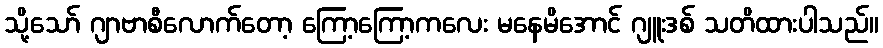
သို့သော် ဂျာဗာစီလောက်တော့ ကြော့ကြော့ကလေး မနေမိအောင် ဂျူးဒစ် သတိထားပါသည်။